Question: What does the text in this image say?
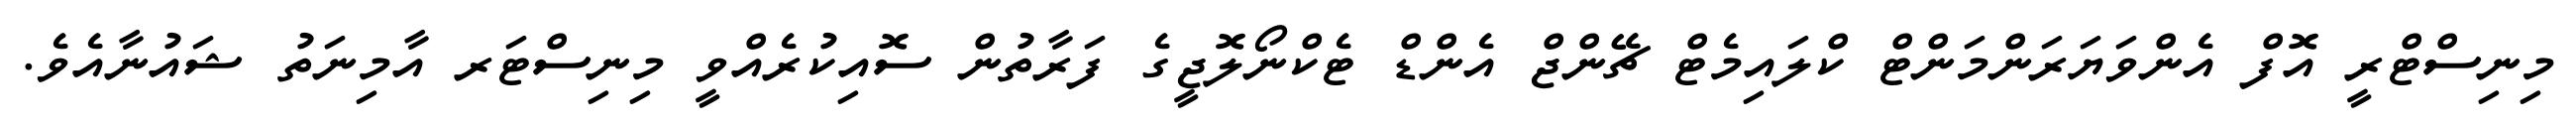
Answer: މިނިސްޓްރީ އޮފް އެންވަޔަރަންމަންޓް ކްލައިމެޓް ޗޭންޖް އެންޑް ޓެކްނޯލޮޖީގެ ފަރާތުން ސޮއިކުރެއްވީ މިނިސްޓަރ އާމިނަތު ޝައުނާއެވެ.